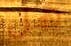
هل